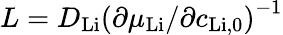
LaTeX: L=D_{\mathrm{Li}}\left(\partial\mu_{\mathrm{Li}}/\partial c_{\mathrm{Li,0}}\right)^{-1}